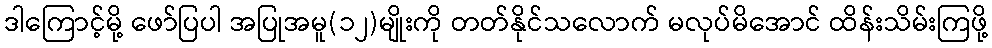
ဒါကြောင့်မို့ ဖော်ပြပါ အပြုအမူ(၁၂)မျိုးကို တတ်နိုင်သလောက် မလုပ်မိအောင် ထိန်းသိမ်းကြဖို့